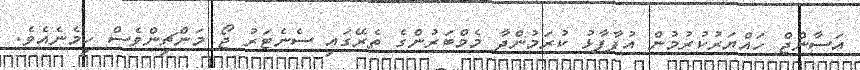
އަސާންޖް ހައްޔަރުކުރުމުން އުފާފާޅު ކުރަމުންދާ މެމްބަރުންގެ ތެރޭގައި ސެނެޓަރު ޖޯ މަންޗިންވެސް ހިމެނެއެވެ.